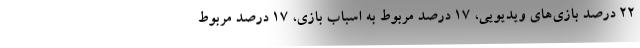
۲۲ درصد بازی‌های ویدیویی، ۱۷ درصد مربوط به اسباب بازی، ۱۷ درصد مربوط